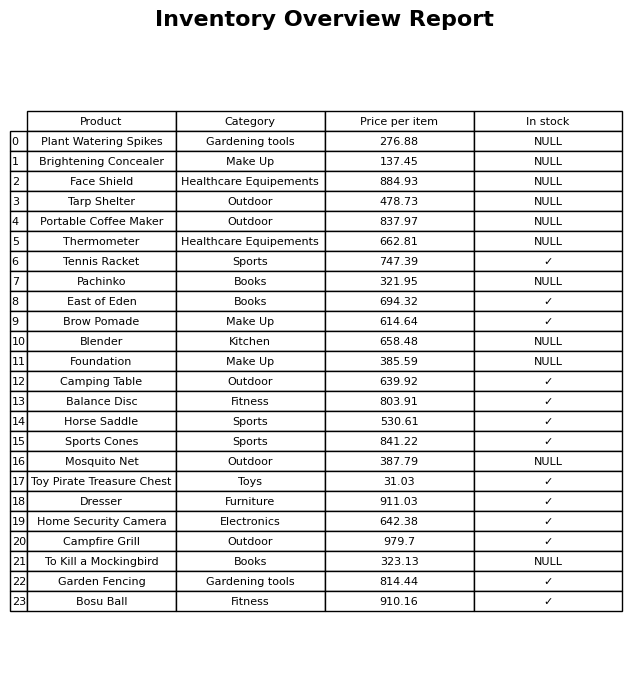
question: What is the price of the Plant Watering Spikes?
answer: The price of Plant Watering Spikes is 276.88.